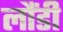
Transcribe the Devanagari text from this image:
लौंडी